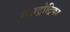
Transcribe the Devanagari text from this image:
गेसट्रोट्रिका